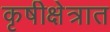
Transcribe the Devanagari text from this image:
कृषीक्षेत्रात